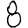
Digit: 8